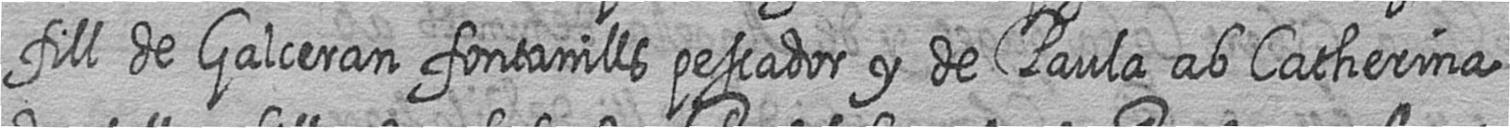
fill de Galceran fontanills pescador y de Paula ab Catherina